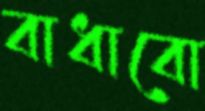
বাধাবো